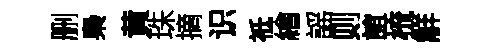
删梟黄珠摘识祗繪謡则誼梳觧